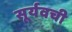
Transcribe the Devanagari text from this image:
सूर्यवची